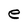
Character: e